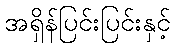
အရှိန်ပြင်းပြင်းနှင့်